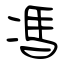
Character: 馮